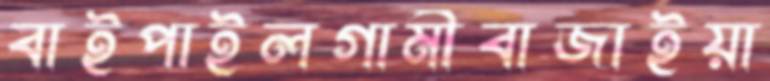
বাইপাইলগামীবাজাইয়া